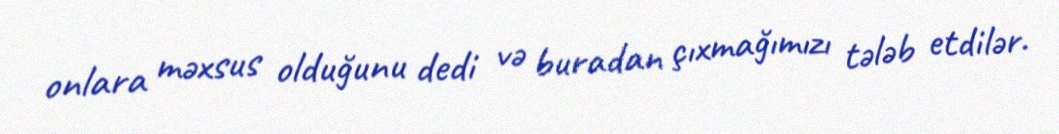
onlara məxsus olduğunu dedi və buradan çıxmağımızı tələb etdilər.